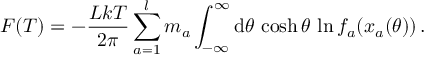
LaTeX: F ( T ) = - \frac { L k T } { 2 \pi } \sum _ { a = 1 } ^ { l } m _ { a } \int _ { - \infty } ^ { \infty } \mathrm { d } \theta \, \cosh \theta \, \ln f _ { a } ( x _ { a } ( \theta ) ) \, .